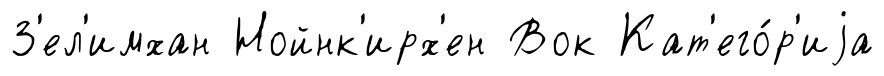
З'ел'имхан Нойнк'ирх'ен Вок Кат'его́р'иjа